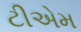
ટીએમ